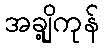
အချို့ကုန်